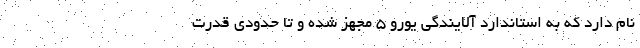
نام دارد که به استاندارد آلایندگی یورو ۵ مجهز شده و تا حدودی قدرت